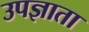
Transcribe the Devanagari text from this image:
उपज्ञाता